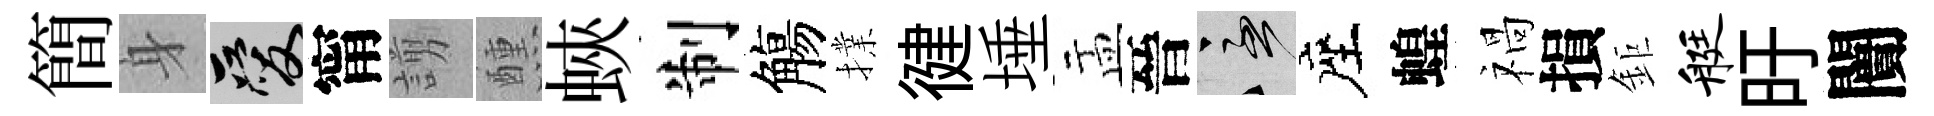
簡身爱甯謭醺蛺制觴擈徤埵盂晉急座蝗禍損鉅艇旴闠